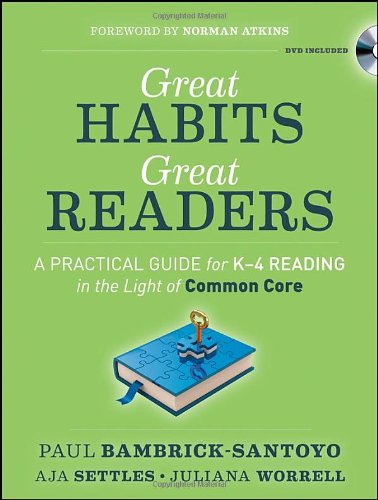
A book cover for Great Habits, Great Readers: A Practical Guide for K-4 Reading in the Light of Common Core; Paul Bambrick-Santoyo; Education & Teaching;